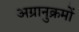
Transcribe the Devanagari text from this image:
अग्रानुक्रमों